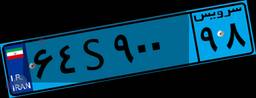
۶۴S۹۰۰۹۸